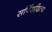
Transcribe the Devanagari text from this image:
सर्पिरादित्य